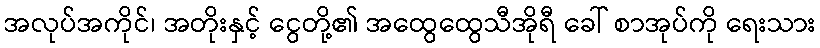
အလုပ်အကိုင်၊ အတိုးနှင့် ငွေတို့၏ အထွေထွေသီအိုရီ ခေါ် စာအုပ်ကို ရေးသား